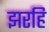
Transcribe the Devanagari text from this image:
झरहि